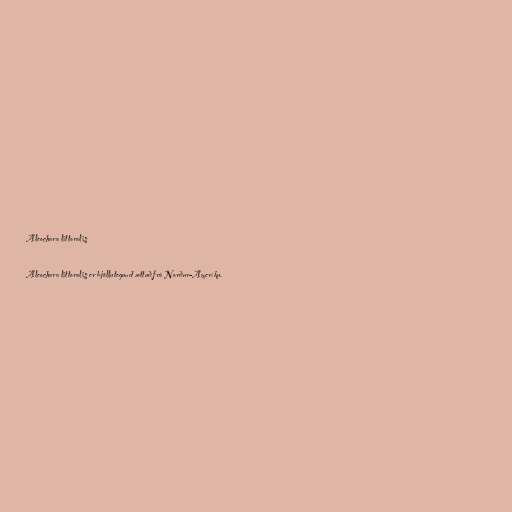
Aleochara littoralis

Aleochara littoralis er bjöllutegund ættuð frá Norður-Ameríku.